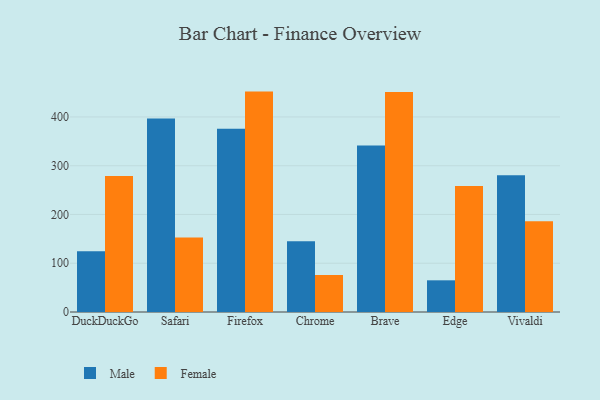
{"axis": {"x": "Browser", "y": "Satisfaction Score"}, "legend": ["Female", "Male"], "data": [{"x": "DuckDuckGo", "y": 124.8, "type": "Male"}, {"x": "DuckDuckGo", "y": 278.9, "type": "Female"}, {"x": "Safari", "y": 396.8, "type": "Male"}, {"x": "Safari", "y": 152.9, "type": "Female"}, {"x": "Firefox", "y": 375.6, "type": "Male"}, {"x": "Firefox", "y": 452.0, "type": "Female"}, {"x": "Chrome", "y": 145.1, "type": "Male"}, {"x": "Chrome", "y": 76.1, "type": "Female"}, {"x": "Brave", "y": 341.4, "type": "Male"}, {"x": "Brave", "y": 451.1, "type": "Female"}, {"x": "Edge", "y": 65.0, "type": "Male"}, {"x": "Edge", "y": 258.2, "type": "Female"}, {"x": "Vivaldi", "y": 280.7, "type": "Male"}, {"x": "Vivaldi", "y": 186.1, "type": "Female"}]}